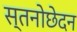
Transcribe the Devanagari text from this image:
स्तनोछेदन